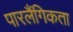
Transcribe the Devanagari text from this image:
पारलैंगिकता